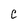
Character: C